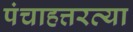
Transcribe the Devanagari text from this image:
पंचाहत्तरव्या